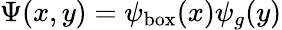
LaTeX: \Psi(x,y)=\psi_{\mathrm{{box}}}(x)\psi_{g}(y)